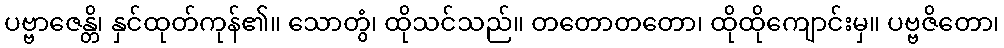
ပဗ္ဗာဇေန္တိ၊ နှင်ထုတ်ကုန်၏။ သောတွံ၊ ထိုသင်သည်။ တတောတတော၊ ထိုထိုကျောင်းမှ။ ပဗ္ဗဇိတော၊